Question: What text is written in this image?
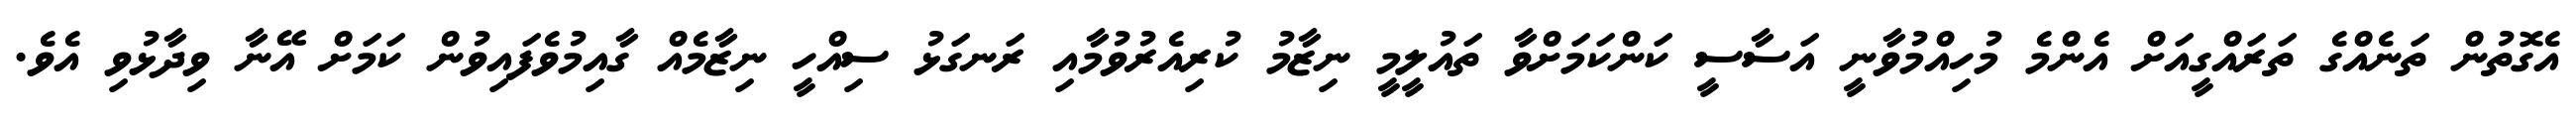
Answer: އެގޮތުން ތަނެއްގެ ތަރައްގީއަށް އެންމެ މުހިއްމުވާނީ އަސާސީ ކަންކަމަށްވާ ތައުލީމީ ނިޒާމު ކުރިއެރުވުމާއި ރަނގަޅު ސިއްހީ ނިޒާމެއް ގާއިމުވެފައިވުން ކަމަށް އޭނާ ވިދާޅުވި އެވެ.